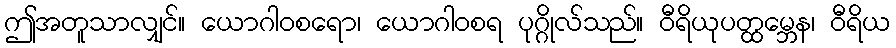
ဤအတူသာလျှင်။ ယောဂါဝစရော၊ ယောဂါဝစရ ပုဂ္ဂိုလ်သည်။ ဝီရိယုပတ္ထမ္ဘေန၊ ဝီရိယ